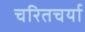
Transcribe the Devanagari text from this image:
चरितचर्या